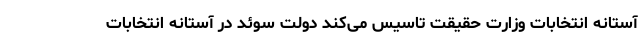
آستانه انتخابات وزارت حقیقت تاسیس می‌کند دولت سوئد در آستانه انتخابات